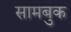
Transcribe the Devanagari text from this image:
सामबुक